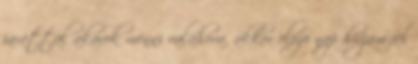
jarattal akarok menni valahova, akkor elozo nap hivjam fel